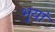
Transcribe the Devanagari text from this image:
भुयां